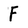
Character: F